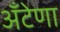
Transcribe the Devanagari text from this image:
अँटेणा